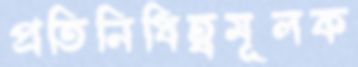
প্রতিনিধিত্বমূলক